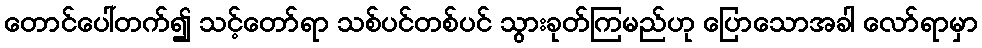
တောင်ပေါ်တက်၍ သင့်တော်ရာ သစ်ပင်တစ်ပင် သွားခုတ်ကြမည်ဟု ပြောသောအခါ လော်ရာမှာ